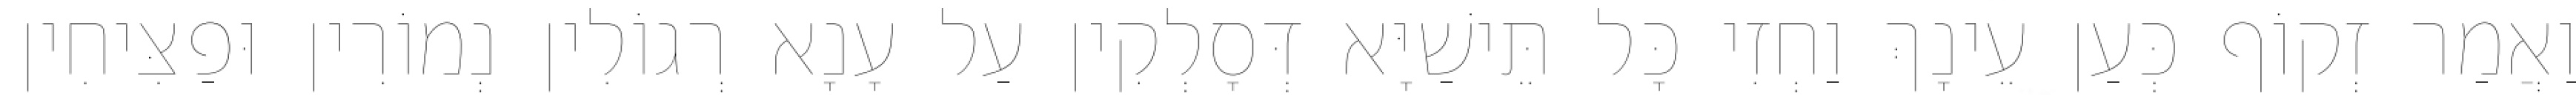
וַאֲמַר זְקוֹף כְּעַן עֵינָךְ וַחְזִי כָּל תֵּישַׁיָּא דְּסָלְקִין עַל עָנָא רְגוֹלִין נְמוֹרִין וּפַצִּיחִין